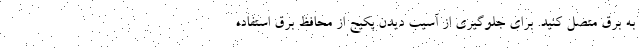
به برق متصل کنید. برای جلوگیری از آسیب دیدن پکیج از محافظ برق استفاده